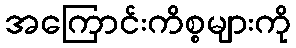
အကြောင်းကိစ္စများကို